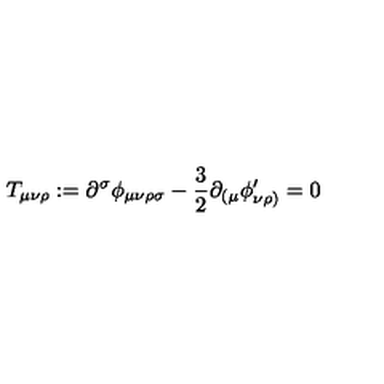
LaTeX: T _ { \mu \nu \rho } : = \partial ^ { \sigma } \phi _ { \mu \nu \rho \sigma } - \frac { 3 } { 2 } \partial _ { ( \mu } \phi _ { \nu \rho ) } ^ { \prime } = 0